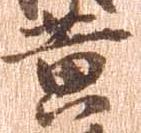
黄